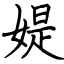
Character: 媞